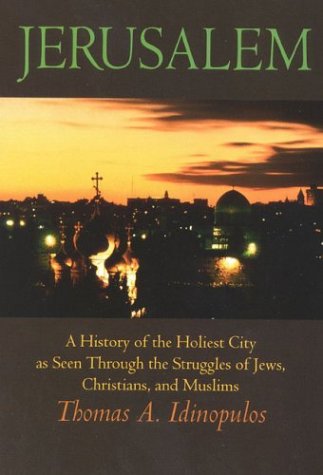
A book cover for Jerusalem: A History of the Holiest City as seen Through the Struggles of Jews, Christians, and Muslims; Thomas A. Idinopulos; Travel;